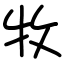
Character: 牧